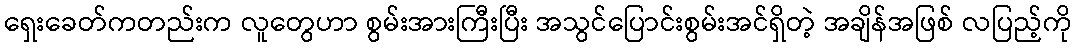
ရှေးခေတ်ကတည်းက လူတွေဟာ စွမ်းအားကြီးပြီး အသွင်ပြောင်းစွမ်းအင်ရှိတဲ့ အချိန်အဖြစ် လပြည့်ကို